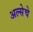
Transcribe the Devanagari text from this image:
अल्सेचे